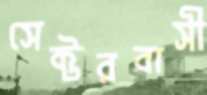
সেক্টরবাসী